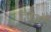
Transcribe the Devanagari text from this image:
देवर्शौ